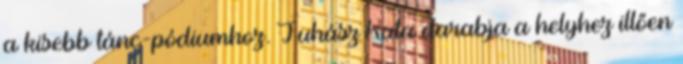
a kisebb tánc-pódiumhoz. Juhász Kata darabja a helyhez illően